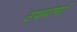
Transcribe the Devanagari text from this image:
उपयागों